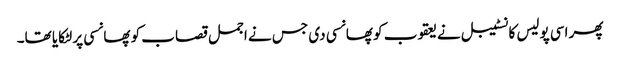
پھر اسی پولیس کانسٹیبل نے یعقوب کو پھانسی دی جس نے اجمل قصاب کو پھانسی پر لٹکایا تھا۔